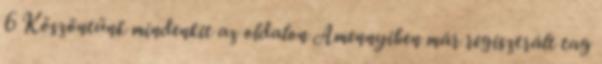
6 Köszöntünk mindenkit az oldalon Amennyiben már regisztrált tag